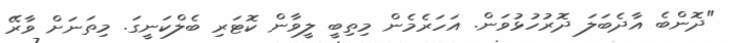
"ދޮންބެ އާދެބަލަ ދޮރުހުޅުވަން. އަހަރެމެން މިތިބީ ލީވާން ކޮޓަރި ބެލްކަނީގަ. މިތަނަށް ވާރޭ